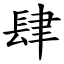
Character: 肆